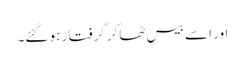
اور اسے بیس ٹھاکر گرفتار ہو گئے۔